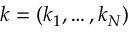
{ \boldsymbol k } = ( k _ { 1 } , \dots , k _ { N } )